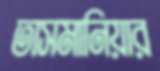
তাসমানিয়ার